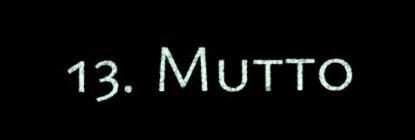
13. Mutto